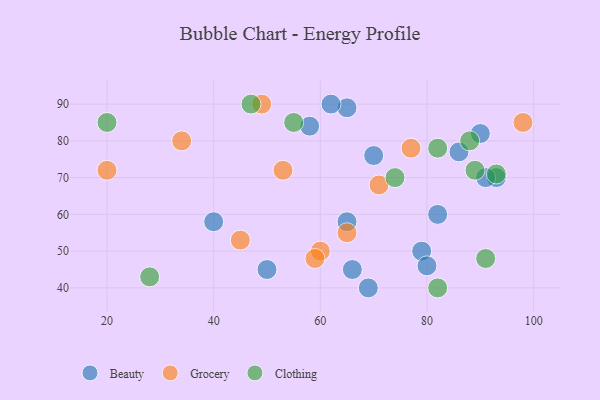
{"axis": {"x": "GDP", "y": "Life Expectancy"}, "legend": ["Beauty", "Clothing", "Grocery"], "data": [{"x": "79", "y": 50, "type": "Beauty"}, {"x": "50", "y": 45, "type": "Beauty"}, {"x": "58", "y": 84, "type": "Beauty"}, {"x": "40", "y": 58, "type": "Beauty"}, {"x": "93", "y": 70, "type": "Beauty"}, {"x": "69", "y": 40, "type": "Beauty"}, {"x": "65", "y": 89, "type": "Beauty"}, {"x": "70", "y": 76, "type": "Beauty"}, {"x": "62", "y": 90, "type": "Beauty"}, {"x": "82", "y": 60, "type": "Beauty"}, {"x": "66", "y": 45, "type": "Beauty"}, {"x": "80", "y": 46, "type": "Beauty"}, {"x": "91", "y": 70, "type": "Beauty"}, {"x": "65", "y": 58, "type": "Beauty"}, {"x": "90", "y": 82, "type": "Beauty"}, {"x": "86", "y": 77, "type": "Beauty"}, {"x": "71", "y": 68, "type": "Grocery"}, {"x": "49", "y": 90, "type": "Grocery"}, {"x": "34", "y": 80, "type": "Grocery"}, {"x": "60", "y": 50, "type": "Grocery"}, {"x": "65", "y": 55, "type": "Grocery"}, {"x": "53", "y": 72, "type": "Grocery"}, {"x": "59", "y": 48, "type": "Grocery"}, {"x": "98", "y": 85, "type": "Grocery"}, {"x": "20", "y": 72, "type": "Grocery"}, {"x": "45", "y": 53, "type": "Grocery"}, {"x": "77", "y": 78, "type": "Grocery"}, {"x": "82", "y": 40, "type": "Clothing"}, {"x": "74", "y": 70, "type": "Clothing"}, {"x": "93", "y": 71, "type": "Clothing"}, {"x": "82", "y": 78, "type": "Clothing"}, {"x": "28", "y": 43, "type": "Clothing"}, {"x": "20", "y": 85, "type": "Clothing"}, {"x": "47", "y": 90, "type": "Clothing"}, {"x": "91", "y": 48, "type": "Clothing"}, {"x": "55", "y": 85, "type": "Clothing"}, {"x": "89", "y": 72, "type": "Clothing"}, {"x": "88", "y": 80, "type": "Clothing"}]}